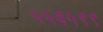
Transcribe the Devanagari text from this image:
५५६५९९